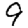
Digit: 9